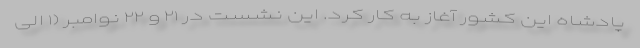
پادشاه این کشور آغاز به کار کرد. این نشست در ۲۱ و ۲۲ نوامبر (۱ الی